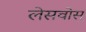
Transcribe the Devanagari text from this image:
लेसवोस